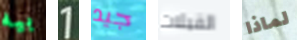
بيه 1 جيد القبلات لماذا